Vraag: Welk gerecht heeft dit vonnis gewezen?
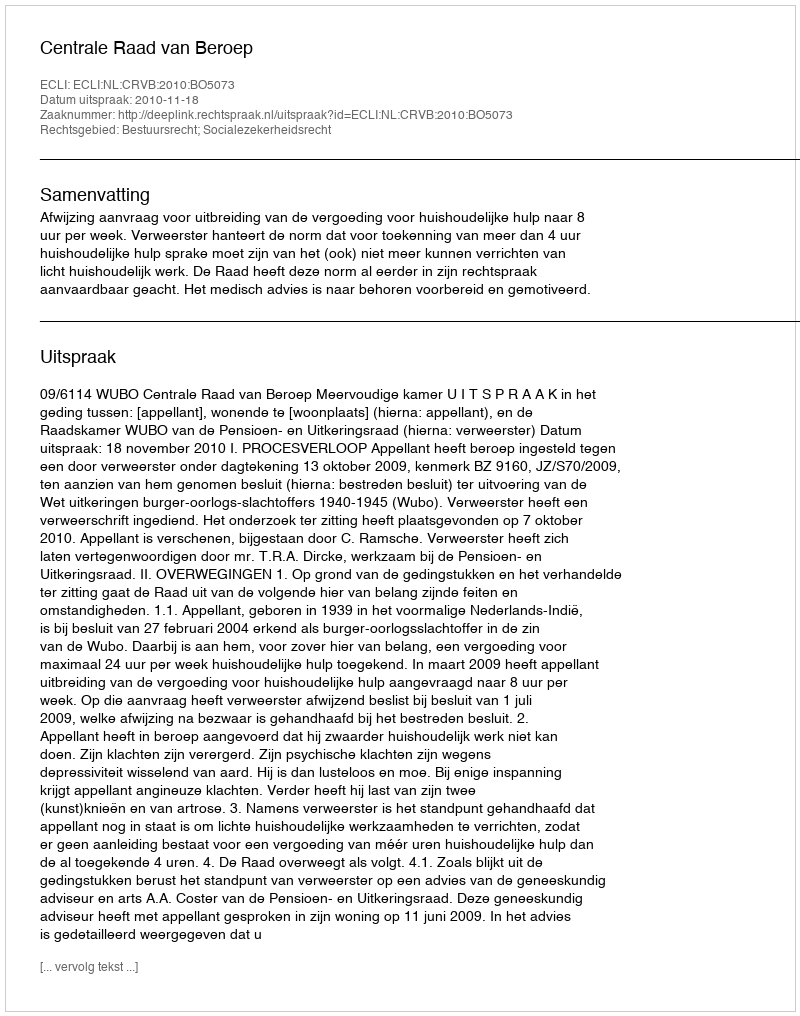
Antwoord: Centrale Raad van Beroep